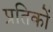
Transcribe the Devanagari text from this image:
प्रतिकों